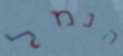
הנמל